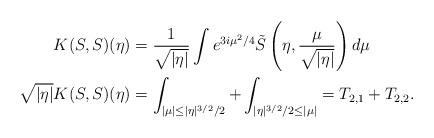
LaTeX: \begin{align*}K(S,S)(\eta) & = \frac{1}{\sqrt{|\eta|}} \int e^{3i \mu^2/4} \tilde S \left(\eta, \frac{\mu}{\sqrt{| \eta|}} \right) d \mu \\\sqrt{|\eta|} K(S,S)(\eta) & = \int_{|\mu| \le |\eta|^{3/2}/2} + \int_{| \eta|^{3/2}/2 \le |\mu|} = T_{2,1}+T_{2,2}.\end{align*}